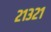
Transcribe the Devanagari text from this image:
२१३२१